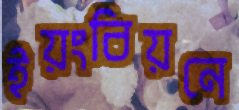
ইয়ংবিয়নে